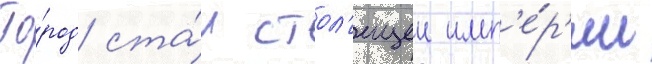
Го́род ста́л стол'ицеи имп'е́р'ии